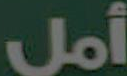
أمل